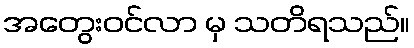
အတွေးဝင်လာ မှ သတိရသည်။